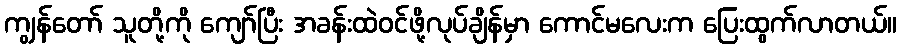
ကျွန်တော် သူတို့ကို ကျော်ပြီး အခန်းထဲဝင်ဖို့လုပ်ချိန်မှာ ကောင်မလေးက ပြေးထွက်လာတယ်။